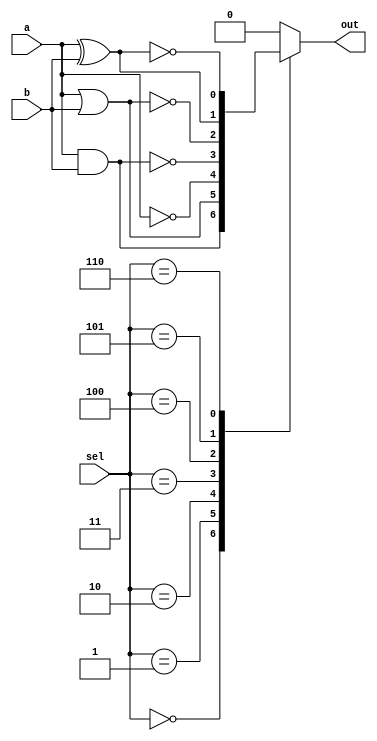
module covered_cells (
    input wire [2:0] sel,    // Select signal for multiplexer
    input wire a,            // Input a
    input wire b,            // Input b
    output wire out          // Output
);

    reg out_reg;

    always @(*) begin
        case (sel)
            3'b000: out_reg = a & b;    // AND
            3'b001: out_reg = a | b;    // OR
            3'b010: out_reg = ~a;        // NOT
            3'b011: out_reg = ~(a & b);  // NAND
            3'b100: out_reg = ~(a | b);  // NOR
            3'b101: out_reg = a ^ b;     // XOR
            3'b110: out_reg = ~(a ^ b);   // XNOR
            default: out_reg = 1'b0;      // Default case
        endcase
    end

    assign out = out_reg;

endmodule